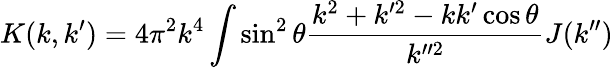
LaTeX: K(k,k^{\prime})=4\pi^{2}k^{4}\int\sin^{2}\theta\frac{k^{2}+k^{\prime 2}-kk^{\prime}\cos\theta}{k^{\prime\prime 2}}J(k^{\prime\prime})